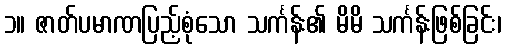
၁။ ဇာတ်ပမာဏပြည့်စုံသော သင်္ကန်း၏ မိမိ သင်္ကန်းဖြစ်ခြင်း၊